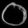
Digit: ၀